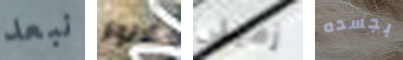
نبعد الانوار زميلى بجسده